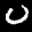
Label: 0